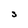
Character: S